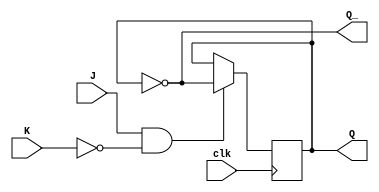
module jk_flip_flop (
    input wire J,
    input wire K,
    input wire clk,
    output reg Q,
    output reg Q_
);

always @(posedge clk) begin
    if (J & ~K) begin
        Q <= ~Q;
    end else if (J & K) begin
        Q <= Q;
    end else if (~J & ~K) begin
        Q <= Q;
    end
end

assign Q_ = ~Q;

endmodule